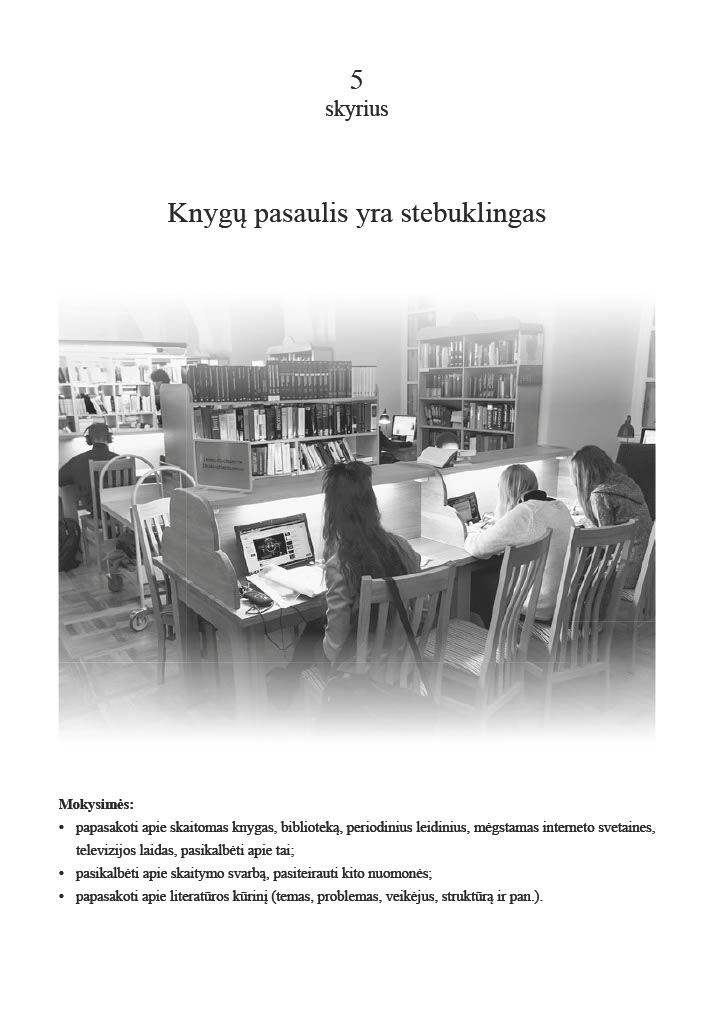
Language: lt